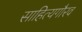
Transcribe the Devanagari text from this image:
साहित्यगौरव